Report on plague and inoculation in the Punjab from October 1st ... to September 30th..., being the ... season of plague in the province
Disease focus: Plague
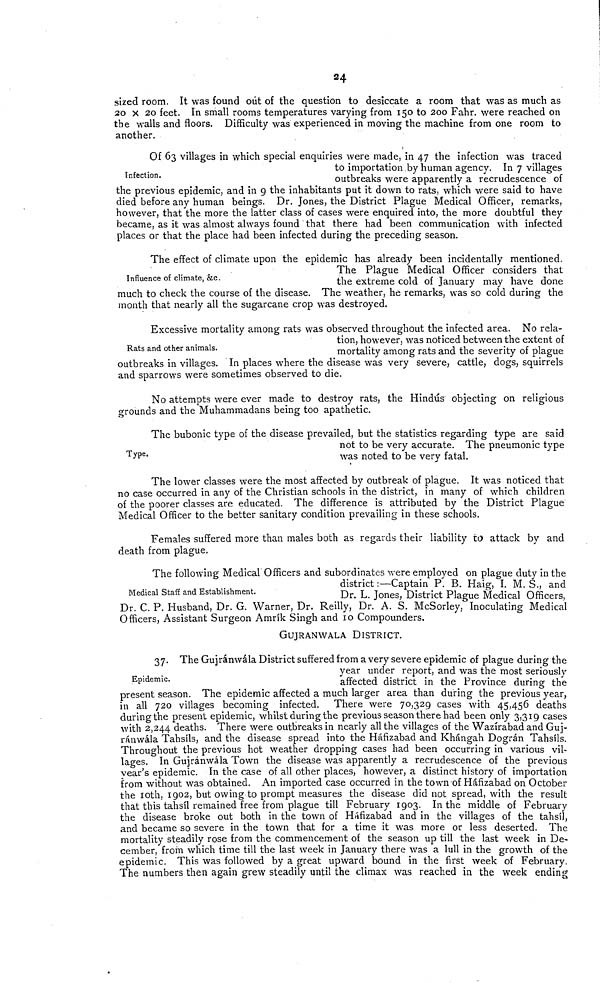
24
sized room. It was found out of the question to desiccate a room that was as much as
20 X 20 feet. In small rooms temperatures varying from 150 to 200 Fahr. were reached on
the walls and floors. Difficulty was experienced in moving the machine from one room to
another.
Infection.
Of 63 villages in which special enquiries were made, in 47 the infection was traced
to importation by human agency. In 7 villages
outbreaks were apparently a recrudescence of
the previous epidemic, and in g the inhabitants put it down to rats, which were said to have
died before any human beings. Dr. Jones, the District Plague Medical Officer, remarks,
however, that the more the latter class of cases were enquired into, the more doubtful they
became, as it was almost always found that there had been communication with infected
places or that the place had been infected during the preceding season.
Influence of climate, &c.
The effect of climate upon the epidemic has already been incidentally mentioned.
The Plague Medical Officer considers that
the extreme cold of January may have done
much to check the course of the disease. The weather, he remarks, was so cold during the
month that nearly all the sugarcane crop was destroyed.
Rats and other animals.
Excessive mortality among rats was observed throughout the infected area. No rela-
tion, however, was noticed between the extent of
mortality among rats and the severity of plague
outbreaks in villages. In places where the disease was very severe, cattle, dogs, squirrels
and sparrows were sometimes observed to die.
No attempts were ever made to destroy rats, the Hindús objecting on religious
grounds and the Muhammadans being too apathetic.
Type.
The bubonic type of the disease prevailed, but the statistics regarding type are said
not to be very accurate. The pneumonic type
was noted to be very fatal.
The lower classes were the most affected by outbreak of plague. It was noticed that
no case occurred in any of the Christian schools in the district, in many of which children
of the poorer classes are educated. The difference is attributed by the District Plague
Medical Officer to the better sanitary condition prevailing in these schools.
Females suffered more than males both as regards their liability to attack by and
death from plague.
Medical Staff and Establishment.
The following Medical Officers and subordinates were employed on plague duty in the
district :—Captain P. B. Haig, I. M. S., and
Dr. L. Jones, District Plague Medical Officers,
Dr. C. P. Husband, Dr. G. Warner, Dr. Reilly, Dr. A. S. McSorley, Inoculating Medical
Officers, Assistant Surgeon Amrík Singh and 10 Compounders.
GUJRANWALA DISTRICT.
Epidemic.
The Gujránwála District suffered from a very severe epidemic of plague during the
year under report, and was the most seriously
affected district in the Province during the
present season. The epidemic affected a much larger area than during the previous year,
in all 720 villages becoming infected. There were 70,329 cases with 45,456 deaths
during the present epidemic, whilst during the previous season there had been only 3,319 cases
with 2,244 deaths. There were outbreaks in nearly all the villages of the Wazírabad and Guj-
ránwála Tahsíls, and the disease spread into the Háfizabad and Khángah Dográn Tahsíls.
Throughout the previous hot weather dropping cases had been occurring in various vil-
lages. In Gujránwála Town the disease was apparently a recrudescence of the previous
year's epidemic. In the case of all other places, however, a distinct history of importation
from without was obtained. An imported case occurred in the town of Háfizabad on October
the 10th, 1902, but owing to prompt measures the disease did not spread, with the result
that this tahsíl remained free from plague till February 1903. In the middle of February
the disease broke out both in the town of Háfizabad and in the villages of the tahsíl,
and became so severe in the town that for a time it was more or less deserted. The
mortality steadily rose from the commencement of the season up till the last week in De-
cember, from which time till the last week in January there was a lull in the growth of the
epidemic. This was followed by a great upward bound in the first week of February.
The numbers then again grew steadily until the climax was reached in the week ending